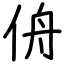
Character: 侜